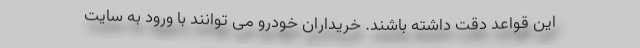
این قواعد دقت داشته باشند. خریداران خودرو می توانند با ورود به سایت